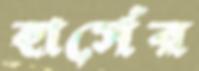
হার্সের